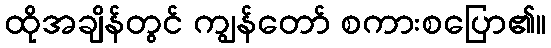
ထိုအချိန်တွင် ကျွန်တော် စကားစပြော၏။